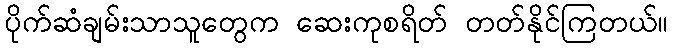
ပိုက်ဆံချမ်းသာသူတွေက ဆေးကုစရိတ် တတ်နိုင်ကြတယ်။